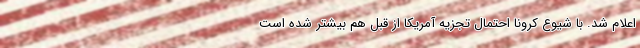
اعلام شد. با شیوع کرونا احتمال تجزیه آمریکا از قبل هم بیشتر شده است